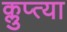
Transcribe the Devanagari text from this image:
क्लुप्त्या